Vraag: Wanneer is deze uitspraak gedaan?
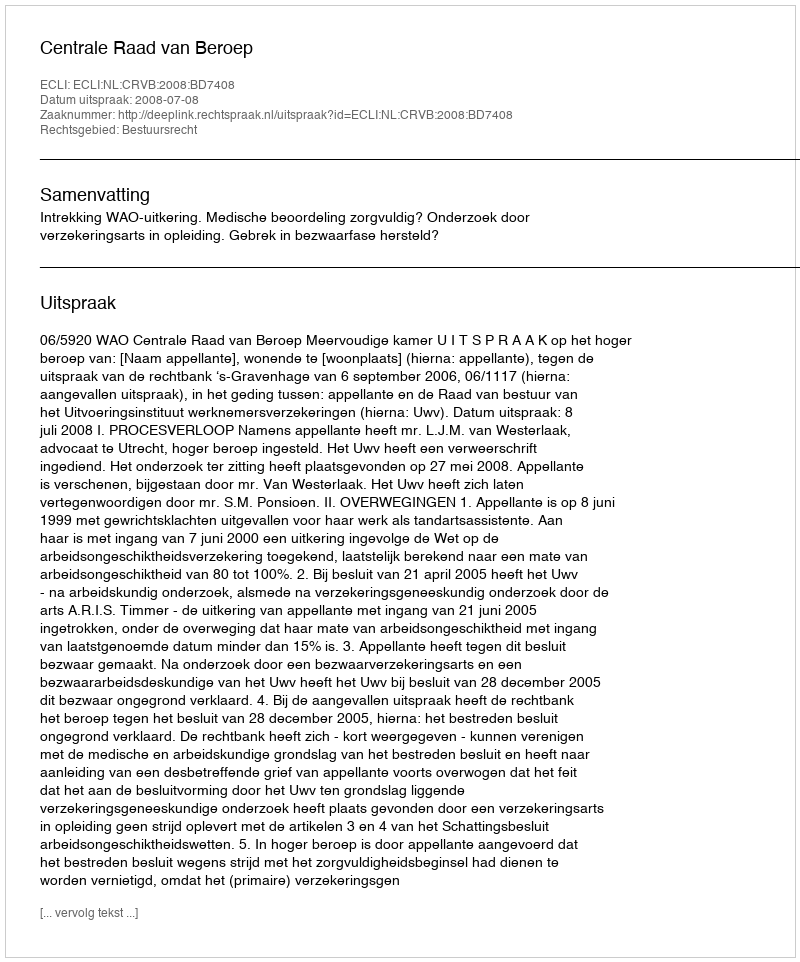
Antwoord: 2008-07-08